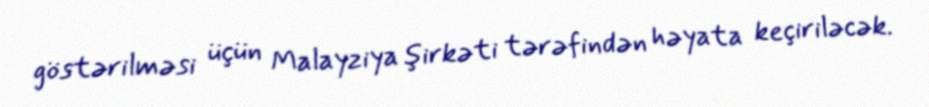
göstərilməsi üçün Malayziya şirkəti tərəfindən həyata keçiriləcək.